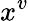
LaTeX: x^{v}